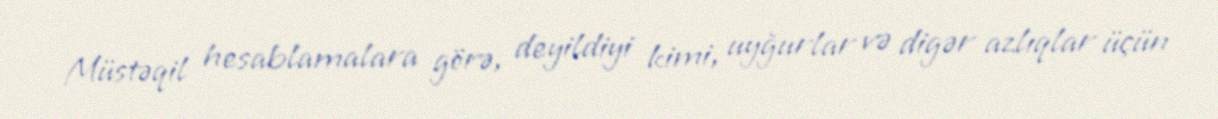
Müstəqil hesablamalara görə, deyildiyi kimi, uyğurlar və digər azlıqlar üçün